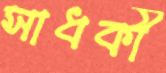
সাধকী